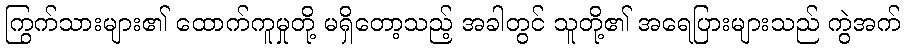
ကြွက်သားများ၏ ထောက်ကူမှုတို့ မရှိတော့သည့် အခါတွင် သူတို့၏ အရေပြားများသည် ကွဲအက်